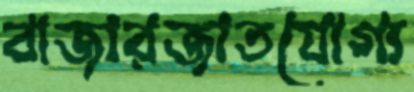
বাজারজাতযোগ্য